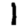
Digit: 1